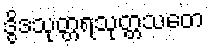
ဒွိဒသုတ္တရသုတ္တသတေ